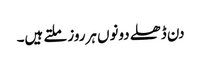
دن ڈھلے دونوں ہرروز ملتے ہیں۔